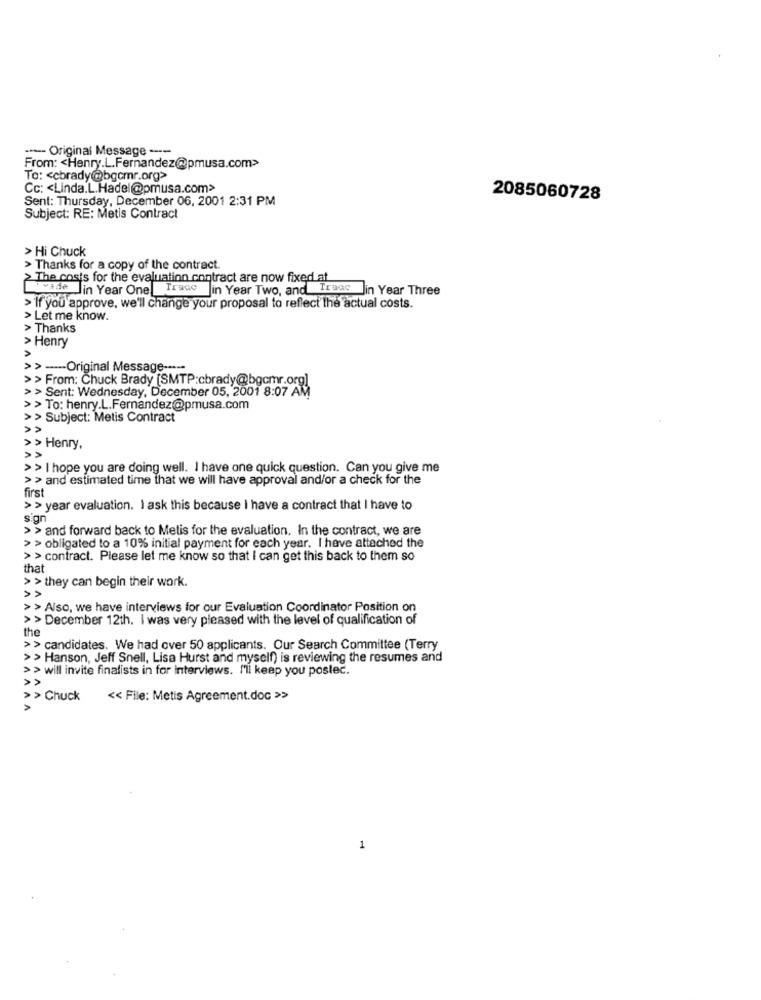
---- Original Message ----
From: < Henry.L.Fernandez@pmusa.com>
To: < cbrady@bgcmr.org>
Cc: < Linda.L.Hadel@pmusa.com>
Sent: Thursday, December 06, 2001 2:31 PM
2085060728
Subject: RE: Metis Contract
> Hi Chuck
> Thanks for a copy of the contract.
> The costs for the evaluation contract are now fixed at
wide |in Year One Trace Jin Year Two, and Iraas lin Year Three
>'If you approve, we'll change your proposal to reflect the actual costs.
> Let me know.
> Thanks
> Henry
>> --- Original Message -----
> > From: Chuck Brady [SMTP:cbrady@bgcmr.org]
> > Sent: Wednesday, December 05, 2001 8:07 AM
>> To: henry.L.Fernandez@pmusa.com
>> Subject: Metis Contract
»
>> Henry,
>>
> > I hope you are doing well. I have one quick question. Can you give me
>> and estimated time that we will have approval and/or a check for the
first
>> year evaluation. I ask this because I have a contract that I have to
sign
> > and forward back to Metis for the evaluation. In the contract, we are
> > obligated to a 10% initial payment for each year. I have attached the
> > contract. Please let me know so that I can get this back to them so
that
> > they can begin their work.
> > Also, we have interviews for our Evaluation Coordinator Position on
> > December 12th. I was very pleased with the level of qualification of
the
>> candidates. We had over 50 applicants. Our Search Committee (Terry
>> Hanson, Jeff Snell, Lisa Hurst and myself) is reviewing the resumes and
> > will invite finalists in for interviews. I'll keep you posted.
>> Chuck
<< File: Metis Agreement.doc >>
1